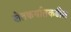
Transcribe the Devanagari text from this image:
शेतकर्यातकडील